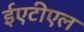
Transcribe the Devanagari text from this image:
ईएटीएल